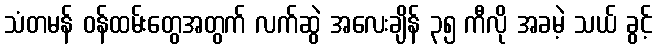
သံတမန် ဝန်ထမ်းတွေအတွက် လက်ဆွဲ အလေးချိန် ၃၅ ကီလို အခမဲ့ သယ် ခွင့်